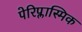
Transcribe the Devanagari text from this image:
पेरिप्लास्मिक